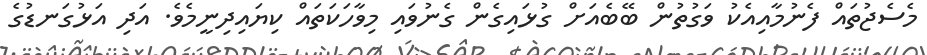
މެސެޖުތައް ފެނުމާއިއެކު ވަގުތުން ބޭބެއަށް ގުޅައިގެން ގެނުވައި މިވާހަކަތައް ކިޔައިދިނީމެވެ. އަދި އަޅުގަނޑުގެ